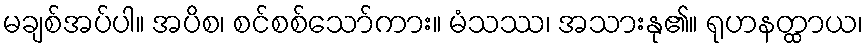
မချစ်အပ်ပါ။ အပိစ၊ စင်စစ်သော်ကား။ မံသဿ၊ အသားနု၏။ ရုဟနတ္ထာယ၊